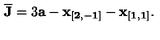
{ \bf \overline { { J } } } = 3 { \bf a } - { \bf x _ { [ 2 , - 1 ] } } - { \bf x _ { [ 1 , 1 ] } } .